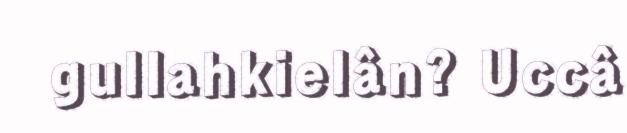
gullahkielân? Uccâ